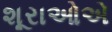
શૂરાઓએ